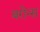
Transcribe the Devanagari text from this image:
बरोन्स